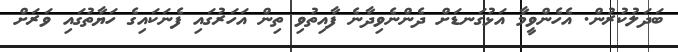
ބަދަލުކުރުން. އެހެންވީމާ އަޅުގަނޑަށް ދެންނެވިދާނެ ފާއިތުވި ތިން އަހަރުގައި ފެނަކައިގެ ހަޔާތުގައި ވަރަށް